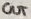
Text: OUT